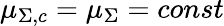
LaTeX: \mu_{\Sigma,c}=\mu_{\Sigma}=const